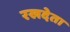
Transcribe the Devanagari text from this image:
रखदेता